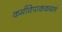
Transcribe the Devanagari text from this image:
कर्मविपाककथनं